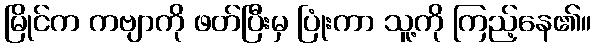
မြိုင်က ကဗျာကို ဖတ်ပြီးမှ ပြုံးကာ သူ့ကို ကြည့်နေ၏။